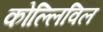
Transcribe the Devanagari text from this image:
कोल्लिविल